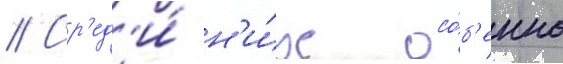
// Ср'ед'и́ н'и́х осо́б'енно